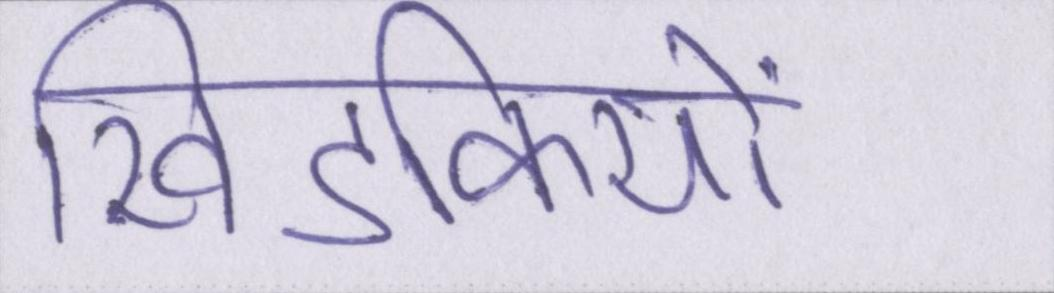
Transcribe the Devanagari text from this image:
खिडकियों